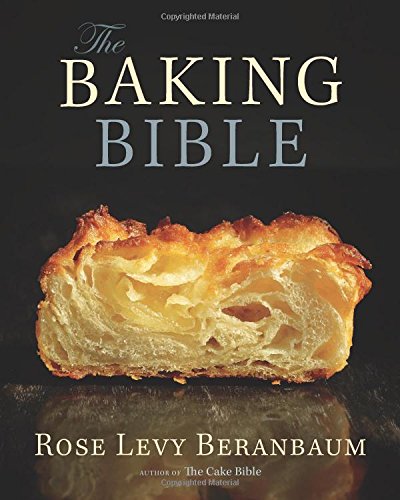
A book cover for The Baking Bible; Rose Levy Beranbaum; Cookbooks, Food & Wine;